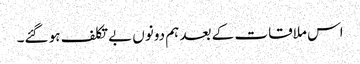
اس ملاقات کے بعد ہم دونوں بے تکلف ہو گئے۔